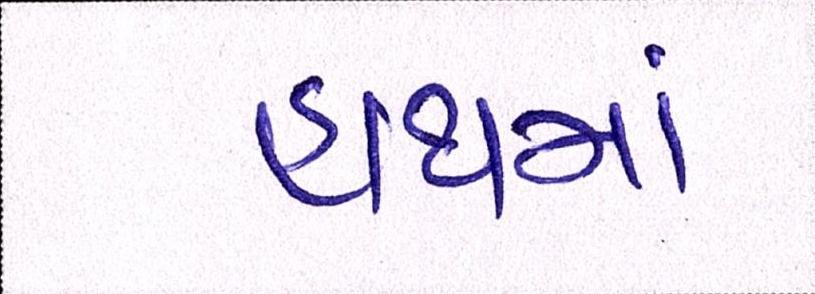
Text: હાથમાં